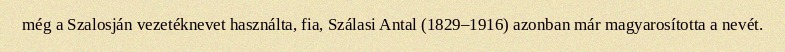
még a Szalosján vezetéknevet használta, fia, Szálasi Antal (1829–1916) azonban már magyarosította a nevét.